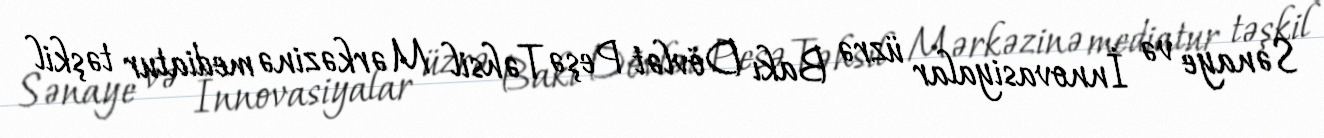
Sənaye və İnnovasiyalar üzrə Bakı Dövlət Peşə Təhsil Mərkəzinə mediatur təşkil